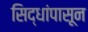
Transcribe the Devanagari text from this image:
सिद्धांपासून